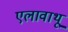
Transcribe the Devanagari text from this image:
एलावाथू